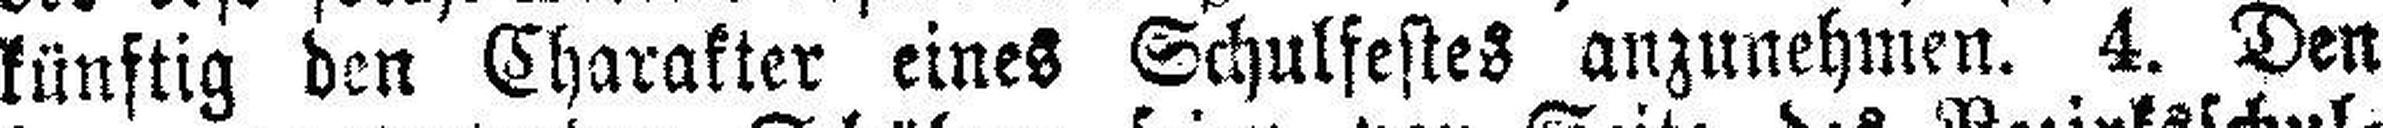
künftig den Charakter eines Schulfestes anzunehmen. 4. Den